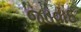
જડવાદ